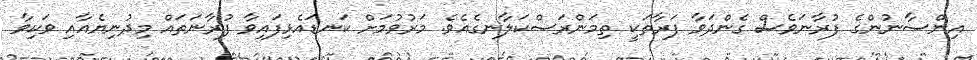
އިންސާނުންގެ ފުރާނަވެސް ގެންދަވާ ފަރާތަކީ ތިމަންރަސްކަލާނގެއެވެ. މަރުވުމަށް ކަނޑައެޅިފައިވާ ފުރާނަތައް މިދުނިޔެއާއި ވަކިވާ